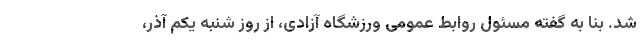
شد. بنا به گفته مسئول روابط عمومی ورزشگاه آزادی، از روز شنبه یکم آذر،